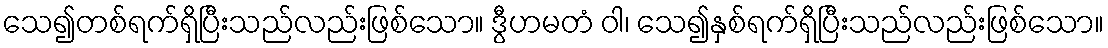
သေ၍တစ်ရက်ရှိပြီးသည်လည်းဖြစ်သော။ ဒွီဟမတံ ဝါ၊ သေ၍နှစ်ရက်ရှိပြီးသည်လည်းဖြစ်သော။